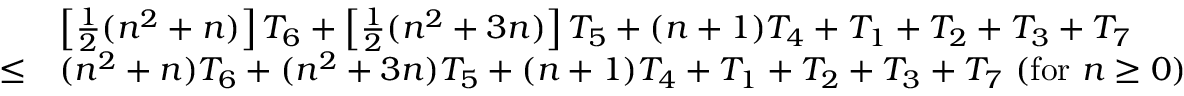
{ \begin{array} { r l } & { \left[ { \frac { 1 } { 2 } } ( n ^ { 2 } + n ) \right] T _ { 6 } + \left[ { \frac { 1 } { 2 } } ( n ^ { 2 } + 3 n ) \right] T _ { 5 } + ( n + 1 ) T _ { 4 } + T _ { 1 } + T _ { 2 } + T _ { 3 } + T _ { 7 } } \\ { \leq } & { ( n ^ { 2 } + n ) T _ { 6 } + ( n ^ { 2 } + 3 n ) T _ { 5 } + ( n + 1 ) T _ { 4 } + T _ { 1 } + T _ { 2 } + T _ { 3 } + T _ { 7 } \ ( { \mathrm { f o r ~ } } n \geq 0 ) } \end{array} }